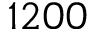
1 2 0 0